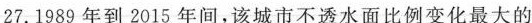
27.1989年到2015年间，该城市不透水面比例变化最大的